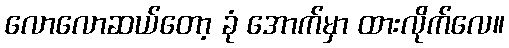
လောလောဆယ်တော့ ခုံ အောက်မှာ ထားလိုက်လေ။